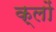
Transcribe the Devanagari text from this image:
क्लों